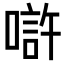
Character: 𠼯